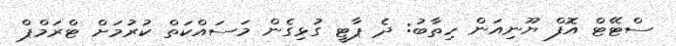
ސްޓޭޓް އޮފް ޔޫނިއަން ހިތާބު: ދެ ޕާޓީ ގުޅިގެން މަސައްކަތް ކުރުމަށް ޓްރަމްޕް